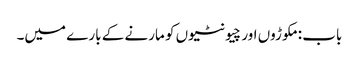
باب : مکوڑوں اور چیونٹیوں کو مارنے کے بارے میں۔